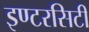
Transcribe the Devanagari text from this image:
इण्टरसिटी